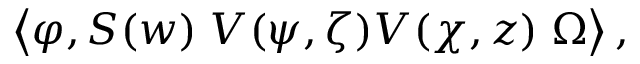
\left\langle \varphi , S ( w ) \; V ( \psi , \zeta ) V ( \chi , z ) \; \Omega \right\rangle ,